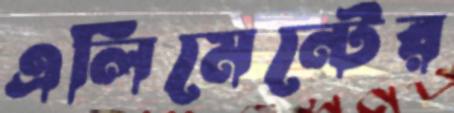
এলিমেন্টের